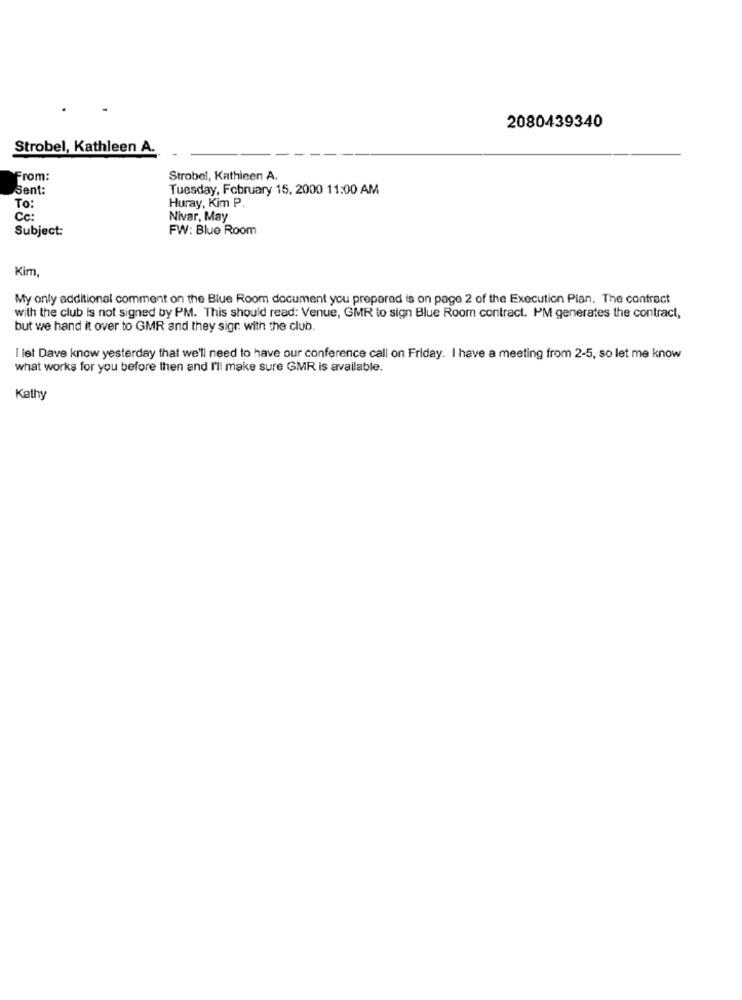
2080439340
Strobel, Kathleen A.
From:
Strobel, Kathleen A.
Sent:
Tuesday, February 15, 2000 11:00 AM
Huray, Kim P.
To:
Cc:
Nivar, May
Subject:
FW: Blue Room
Kim,
My only additional comment on the Blue Room document you prepared is on page 2 of the Execution Plan. The contract
with the club is not signed by PM. This should read: Venue, GMR to sign Blue Room contract. PM generates the contract,
but we hand it over to GMR and they sigr with the club.
I let Dave know yesterday that we'll need to have our conference call on Friday. I have a meeting from 2-5, so let me know
what works for you before then and I'll make sure GMR is available.
Kathy